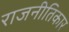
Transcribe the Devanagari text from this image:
राजनीतिकार